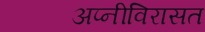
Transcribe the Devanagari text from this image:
अप्नीविरासत